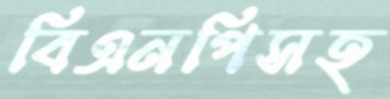
বিএনপিসহ